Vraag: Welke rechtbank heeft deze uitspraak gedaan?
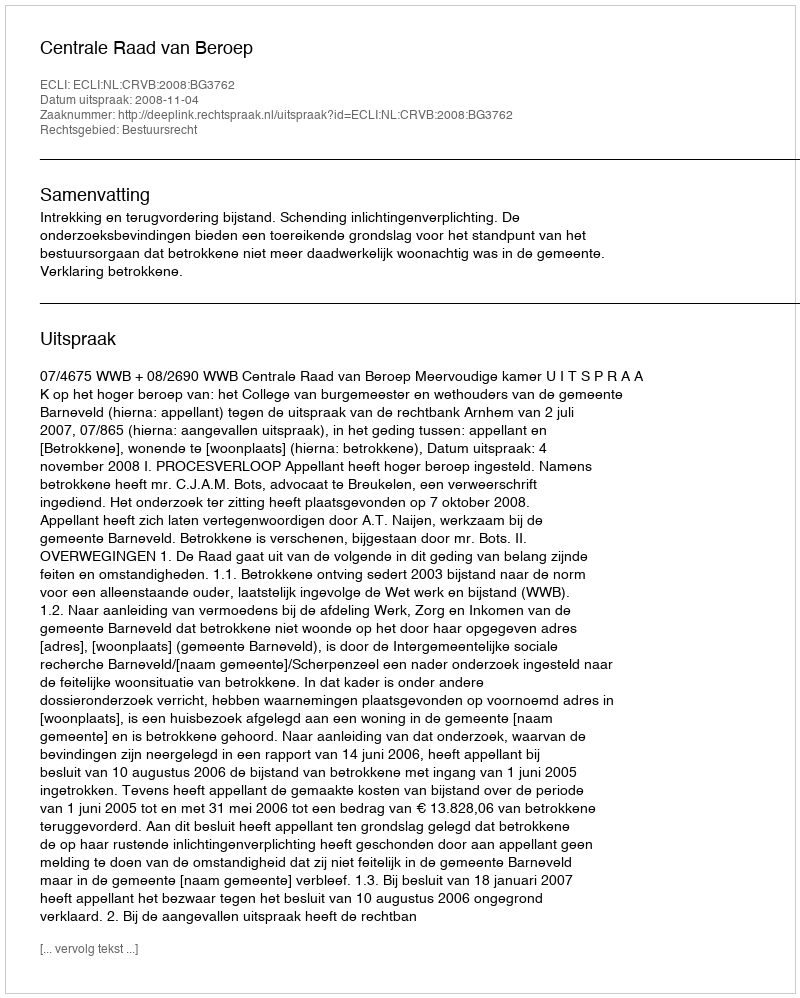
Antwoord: Centrale Raad van Beroep